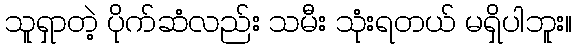
သူရှာတဲ့ ပိုက်ဆံလည်း သမီး သုံးရတယ် မရှိပါဘူး။